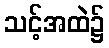
သင့်အထဲ၌